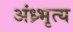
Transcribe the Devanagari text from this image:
अंध्र्भृत्य